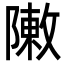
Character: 敶